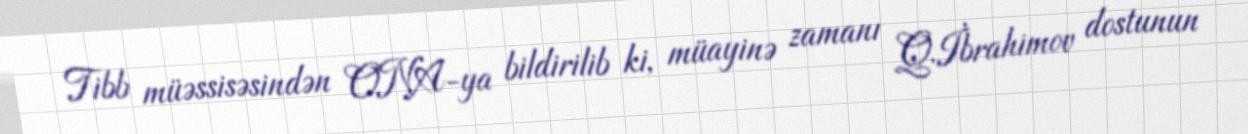
Tibb müəssisəsindən ONA-ya bildirilib ki, müayinə zamanı Q.İbrahimov dostunun